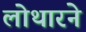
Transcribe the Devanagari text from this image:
लोथारने